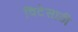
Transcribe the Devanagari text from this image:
विटेसाठी